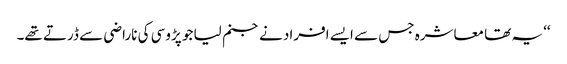
‘‘ یہ تھا معاشرہ جس سے ایسے افراد نے جنم لیا جو پڑوسی کی ناراضی سے ڈرتے تھے۔